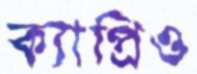
ক্যাপ্রিও